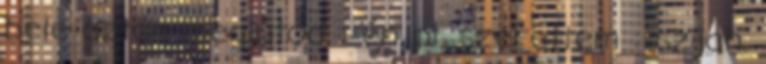
bele aztán meglátod : én pl. szerettem : szijah.